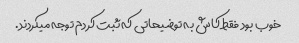
خوب بود فقط کاش به توضیحاتی که ثبت کردم توجه میکردند.